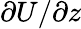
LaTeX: \partial U/\partial z